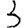
Digit: 3